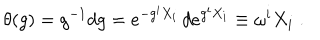
LaTeX: \theta ( g ) = g ^ { - 1 } d g = e ^ { - g ^ { i } X _ { i } } \, d e ^ { g ^ { i } X _ { i } } \equiv \omega ^ { i } X _ { i } \; .